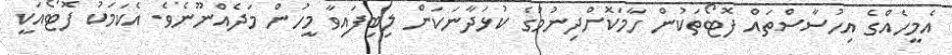
އެމީހެއްގެ އިހުސާސްތައް ފޮޓޯތަކުން ހާމަކޮށްދިނުމުގެ ކުޅަދާނަކަން ލިބިފައިވާ މީހުން މަދެއްނޫނެވެ. އެކަމަކު ފޮޓޯއަކީ